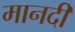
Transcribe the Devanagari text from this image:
मानदी